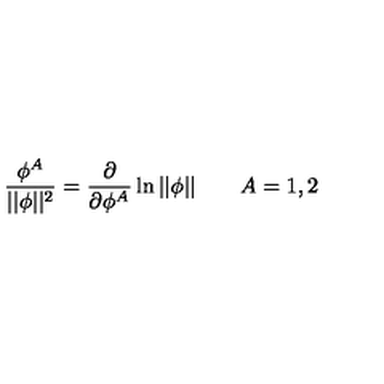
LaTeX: \frac { \phi ^ { A } } { | | \phi | | ^ { 2 } } = \frac \partial { \partial \phi ^ { A } } \ln | | \phi | | \quad \quad A = 1 , 2